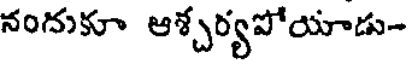
నందుకూ ఆశ్చర్యపోయాడు-